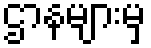
ဌာနများမှ